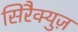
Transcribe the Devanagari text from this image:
सिरैक्युज़